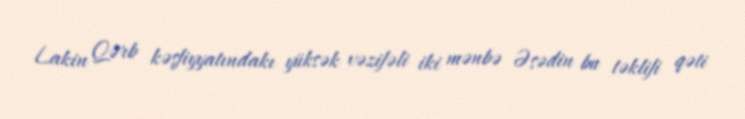
Lakin Qərb kəşfiyyatındakı yüksək vəzifəli iki mənbə Əsədin bu təklifi qəti